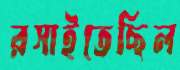
রসাইতেছিল